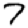
Digit: 7